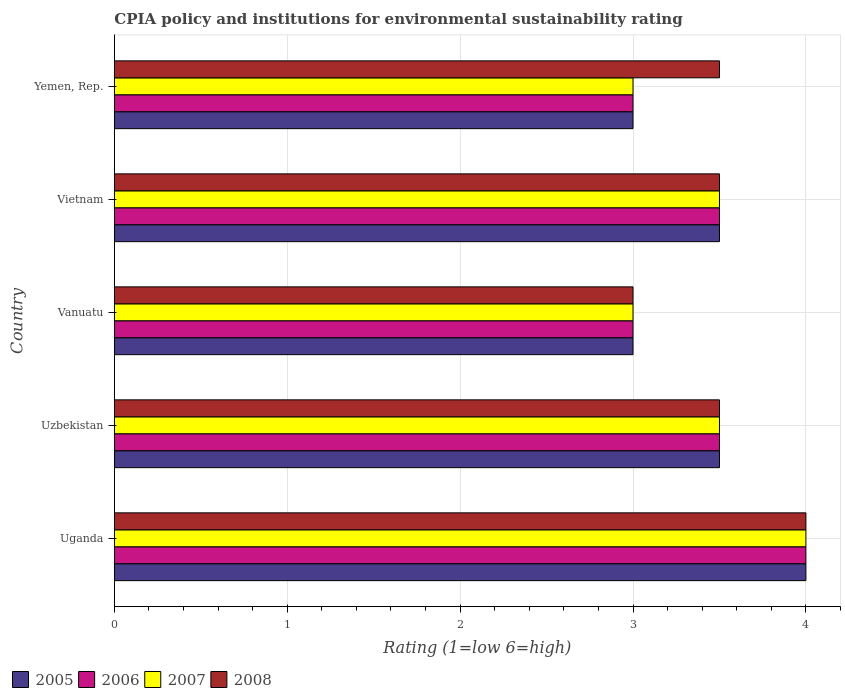
| Country | 2005 | 2006 | 2007 | 2008 |
 | --- | --- | --- | --- | --- |
 | Uganda | 4 | 4 | 4 | 4 |
 | Uzbekistan | 3.5 | 3.5 | 3.5 | 3.5 |
 | Vanuatu | 3 | 3 | 3 | 3 |
 | Vietnam | 3.5 | 3.5 | 3.5 | 3.5 |
 | Yemen, Rep. | 3 | 3 | 3 | 3.5 |